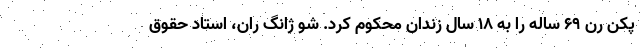
پکن رن ۶۹ ساله را به ۱۸ سال زندان محکوم کرد. شو ژانگ ران، استاد حقوق